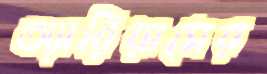
অ্যারিয়াসের